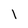
Character: l